Newspaper: Daily intelligencer. [volume]
Place of publication: Wheeling, Va. [W. Va.]
Publisher: Campbell & M'Dermot
Date: 1860-03-22 00:00:00
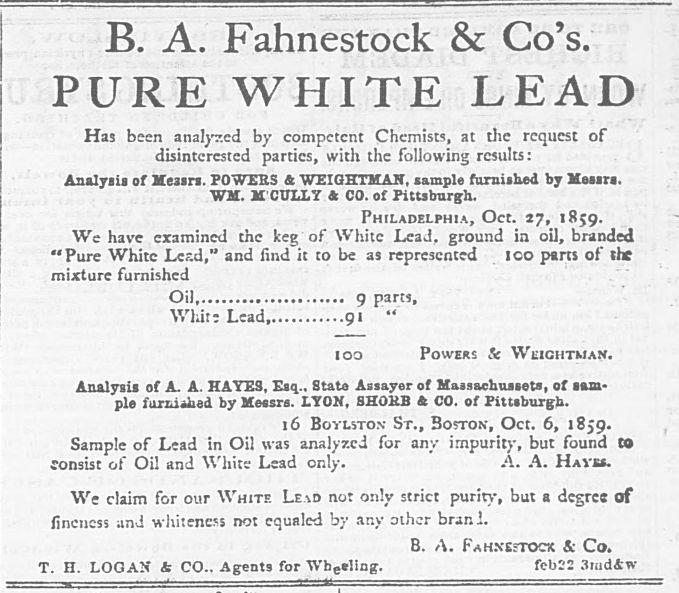
Advertisement text (OCR):
B. A. Fahnestock & Co's. PURE WHITE LEAD Has been analyzed by competent Chemists, at die request of disinterested parties, with the following results: Analysis of Xeasrs. POWERS & WEIGHTMAN, sample furnished by Heaara. WM. M CULLT * CO. of Pittsburgh. Philadelphia, Oct. 17, 1859. We have examined the keg of White Lead, ground in oil, branded "Pure White Lcr.d," and find it to be as represented I CO parts of the mixture furnished Oil g parts, Whir; Lead, 91 " 100 Powers Se Weichtman. Analysis of A. A. HATES, Esq.. State Assayer of Haasachussets, of sam ple furbished by Messrs. LYON, SHOHB ft CO. of Pittsburgh. 16 Boylsto.v St., Boston, Oct. 6, 1859. Sample of Lead in Oil was analyzed for any impurity, but found to consist of Oil and White Lead only. A. A. Havh. We claim for our White Lead not only strict purity, but a degree of fineness and whiteness not equaled by any other brani. B. A. Fahxe-tock & Co. T. H. LOGAX & CO.. Agents for Wb.eling. febl'2 3md4w
Label: text-only